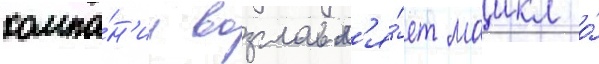
компа́н'ии возглавл'я́ет маикл о́